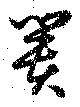
簣